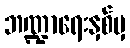
ဘဏ္ဍာရေးနှစ်မှ